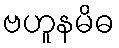
ဗဟူနမိဓ